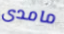
مامدى